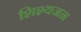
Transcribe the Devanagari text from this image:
शिश्यजन